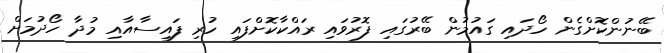
ބޭނުންކޮށްގެން ހޯދައި ގައުމުން ބޭރުގައި ފޮރުވައި ރައްކާކޮށްފައި ހުރި ފައިސާއާއި މުދާ ހޯދުމަށް